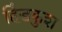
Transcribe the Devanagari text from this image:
हिंडकुश